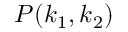
P ( \boldsymbol { k } _ { 1 } , \boldsymbol { k } _ { 2 } )